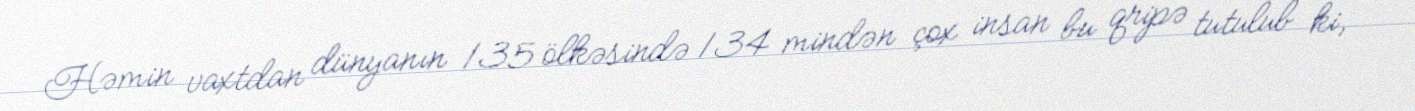
Həmin vaxtdan dünyanın 135 ölkəsində 134 mindən çox insan bu qripə tutulub ki,